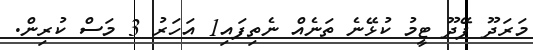
މަރަދޫ ފޭދޫ ޓީމު ކުޅޭނެ ތަނެއް ނެތިފައި1 އަހަރު 3 މަސް ކުރިން.